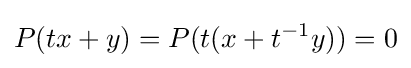
P(tx+y)=P(t(x+t^{-1}y))=0